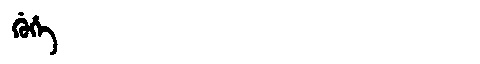
Manchu: ᡤᡠᡥᡝ
Romanization: GUHE